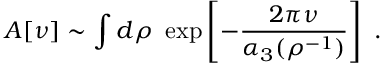
A [ \nu ] \sim \int d \rho ~ \exp \left[ - \frac { 2 \pi \nu } { \alpha _ { 3 } ( \rho ^ { - 1 } ) } \right] ~ .